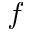
f